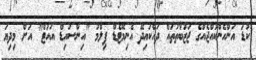
ކުޑަ އަންހެންކުއްޖެއްގެ ޖަޒުބާތުތައް ދައްކައިދޭ އެނިމޭޓެޑް ފިލްމު "އިންސައިޑް އައުޓް" އަށް މިދިޔަ